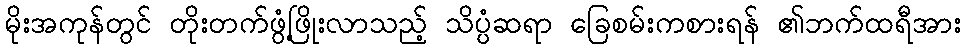
မိုးအကုန်တွင် တိုးတက်ဖွံ့ဖြိုးလာသည့် သိပ္ပံဆရာ ခြေစမ်းကစားရန် ၏ဘက်ထရီအား